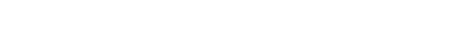
ညတွင်သေ၍ သောကဖြစ်၊ ၎င်းကို ဆင်ခြင်၍ ပစ္စေကဗုဒ္ဓါ